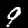
Label: 9